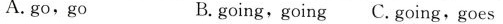
A. go, go B. going, going C. going, goes